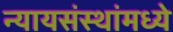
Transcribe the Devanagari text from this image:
न्यायसंस्थांमध्ये